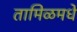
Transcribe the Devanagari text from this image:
तामिळमधे